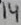
Text: 14